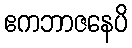
ဧကဘာဇနေပိ